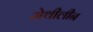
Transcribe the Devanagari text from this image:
मेथीलीन